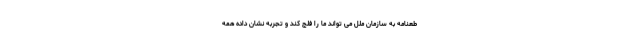
طعنامه به سازمان ملل می تواند ما را فلج کند و تجربه نشان داده همه